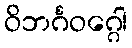
ဝိဘင်္ဂဝဂ္ဂေါ